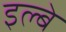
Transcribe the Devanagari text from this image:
इल्बे